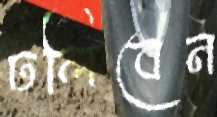
ঢলিবেন